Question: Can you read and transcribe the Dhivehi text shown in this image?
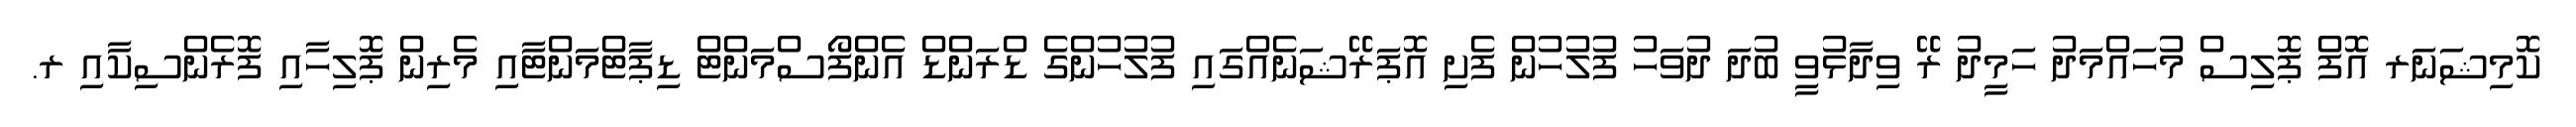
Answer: ކޮމިޝަނަރ އޮފް ޕޮލިސް މުހައްމަދު ހަމީދު ރޭ ވިދާޅުވީ ބުދަ ދުވަހު ފުލުހުން ފެށި އޮޕަރޭޝަނެއްގައި ފުލުހުންގެ ޑްރަންޑް އެންފޯސްމަންޓް ޑިޕާޓްމަންޓާއި މެރިން ޕޮލިހާއި ފޮރެންސިކާއި ރ.